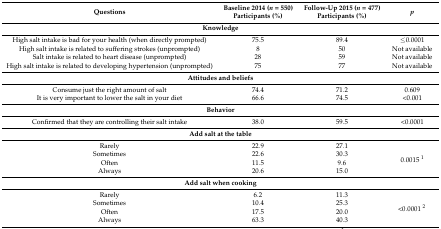
| Questions | Baseline 2014 (n = 550) Participants (%) | Follow-Up 2015 (n = 477) Participants (%) | p |
 | --- | --- | --- | --- |
 | <COLSPAN=4> Knowledge |
 | High salt intake is bad for your health (when directly prompted) | 75.5 | 89.4 | ≤0.0001 |
 | High salt intake is related to suffering strokes (unprompted) | 8 | 50 | Not available |
 | Salt intake is related to heart disease (unprompted) | 28 | 59 | Not available |
 | High salt intake is related to developing hypertension (unprompted) | 75 | 77 | Not available |
 | <COLSPAN=4> Attitudes and beliefs |
 | Consume just the right amount of salt | 74.4 | 71.2 | 0.609 |
 | It is very important to lower the salt in your diet | 66.6 | 74.5 | <0.001 |
 | <COLSPAN=4> Behavior |
 | Confirmed that they are controlling their salt intake | 38.0 | 59.5 | <0.0001 |
 | <COLSPAN=4> Add salt at the table |
 | Rarely | 22.9 | 27.1 | <ROWSPAN=4> 0.0015 1 |
 | Sometimes | 22.6 | 30.3 |
 | Often | 11.5 | 9.6 |
 | Always | 20.6 | 15.0 |
 | <COLSPAN=4> Add salt when cooking |
 | Rarely | 6.2 | 11.3 | <ROWSPAN=4> <0.0001 2 |
 | Sometimes | 10.4 | 25.3 |
 | Often | 17.5 | 20.0 |
 | Always | 63.3 | 40.3 |